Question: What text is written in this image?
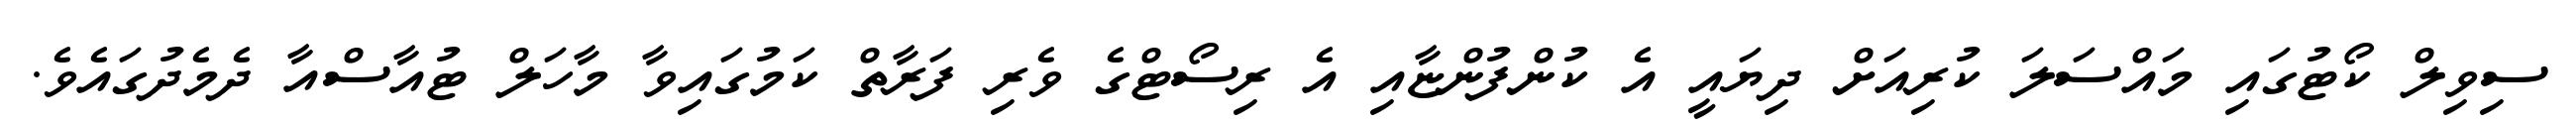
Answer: ސިވިލް ކޯޓުގައި މައްސަލަ ކުރިއަށް ދިޔައީ އެ ކުންފުންޏާއި އެ ރިސޯޓްގެ ވެރި ފަރާތް ކަމުގައިވާ މާހަލް ޓުއާސްއާ ދެމެދުގައެވެ.